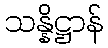
သန္နိဋ္ဌာန်